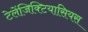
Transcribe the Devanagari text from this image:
टेलेंजिक्टियासियस